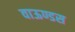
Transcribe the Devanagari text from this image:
वाऊण्डस